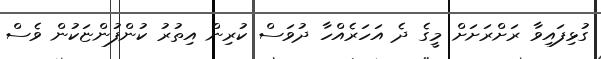
ގުޅިފައިވާ ރަށްރަށަށް މީގެ ދެ އަހަރެއްހާ ދުވަސް ކުރިން އިތުރު ކުންފުންޏަކުން ވެސް